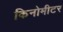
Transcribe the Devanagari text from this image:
किनोमीटर